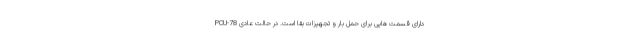
PCU-78 دارای قسمت هایی برای حمل بار و تجهیزات بقا است. در حالت عادی